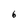
Character: 6